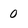
Character: 0